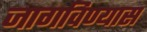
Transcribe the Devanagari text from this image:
जागविण्यास